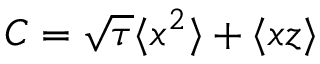
C = \sqrt { \tau } \langle x ^ { 2 } \rangle + \langle x z \rangle